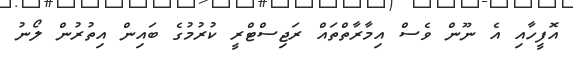
އޮފީހާއި އެ ނޫން ވެސް އިމާރާތްތައް ރަޖިސްޓްރީ ކުރުމުގެ ބައިން އިތުރުން ލޯނު